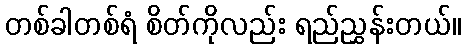
တစ်ခါတစ်ရံ စိတ်ကိုလည်း ရည်ညွှန်းတယ်။